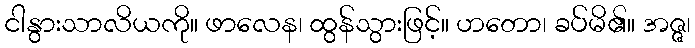
ငါနွားသာလိယကို။ ဖာလေန၊ ထွန်သွားဖြင့်။ ဟတော၊ ခပ်မိ၏။ အဇ္ဇ၊